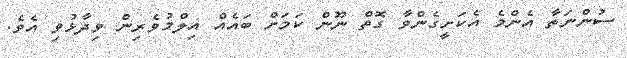
ސުންނަތާ އެންމެ އެކަށީގެންވާ ގޮތް ނޫން ކަމަށް ބައެއް އިލްމުވެރިން ވިދާޅުވި އެވެ.